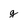
Character: g